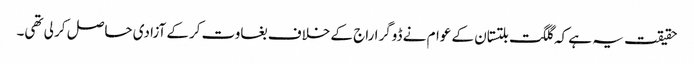
حقیقت یہ ہے کہ گلگت بلتستان کے عوام نے ڈوگرا راج کے خلاف بغاوت کرکے آزادی حاصل کر لی تھی۔